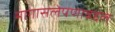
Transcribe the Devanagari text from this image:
मागासलेपणाबद्दल